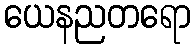
ယေနညတရော